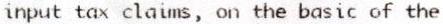
INPUT TAX CLAIMS, ON THE BASIC OF THE